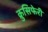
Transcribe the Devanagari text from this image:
क्रुसिफेरी